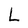
Character: L